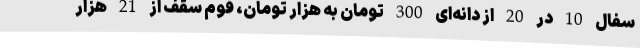
سفال 10 در 20 از دانه‌ای 300 تومان به هزار تومان، فوم سقف از 21 هزار